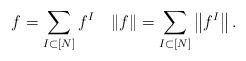
LaTeX: \begin{align*}f=\displaystyle\sum_{I\subset[N]}f^I\quad\|f\|=\displaystyle\sum_{I\subset[N]}\left\|f^I\right\|.\end{align*}